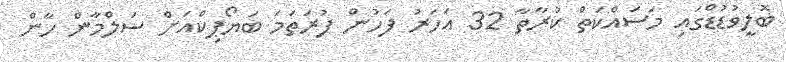
ބޮލީވުޑުޑްގައި މަސައްކަތް ކުރާތާ 32 އަހަރު ފަހުން ފުރަތަމަ ބަޔޯޕިކްއަށް ސަލްމާން ހާން